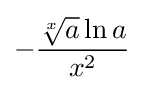
-{\frac {{\sqrt[{x}]{a}}\ln a}{x^{2}}}